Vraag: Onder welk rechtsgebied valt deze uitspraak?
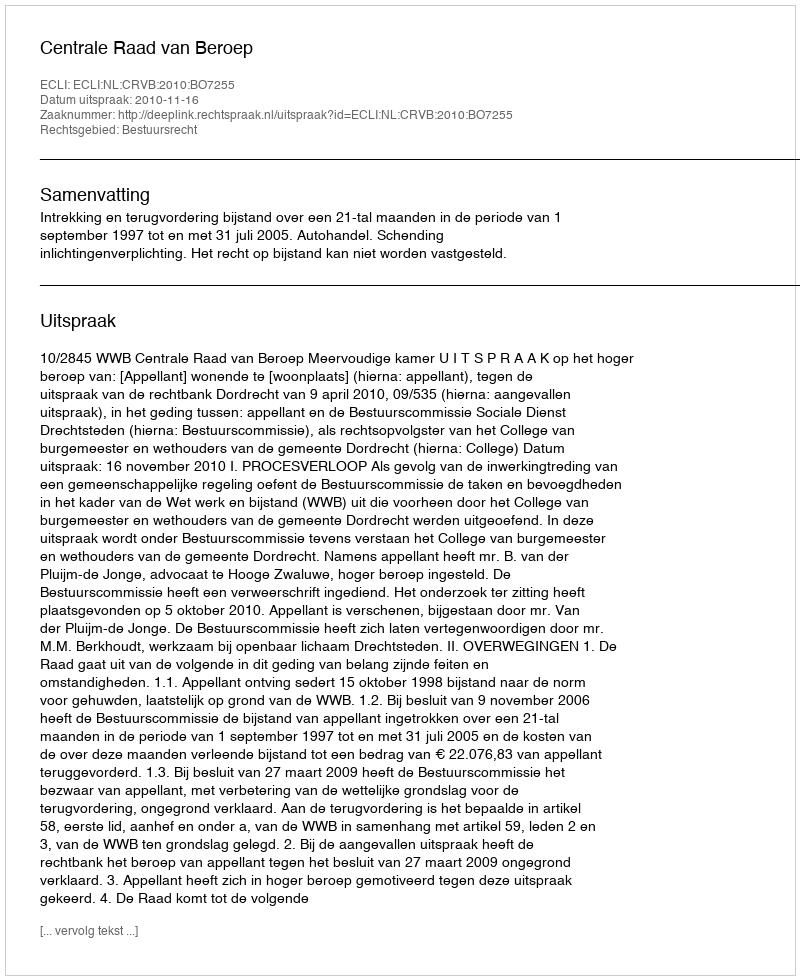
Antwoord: Bestuursrecht